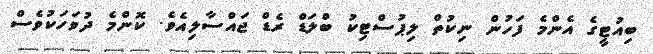
ބިއުޓީގެ އެންމެ ފަހުން ނިކުތް ލިޕުސްޓިކު ބްލަޑް ރެޑް ޖައްސާލިއެވެ. ކޮންމެ ދުވަހަކުވެސް